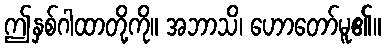
ဤနှစ်ဂါထာတို့ကို။ အဘာသိ၊ ဟောတော်မူ၏။